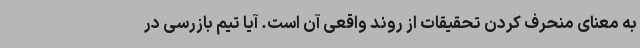
به معنای منحرف کردن تحقیقات از روند واقعی آن است. آیا تیم بازرسی در